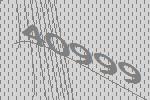
40999